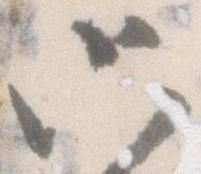
只